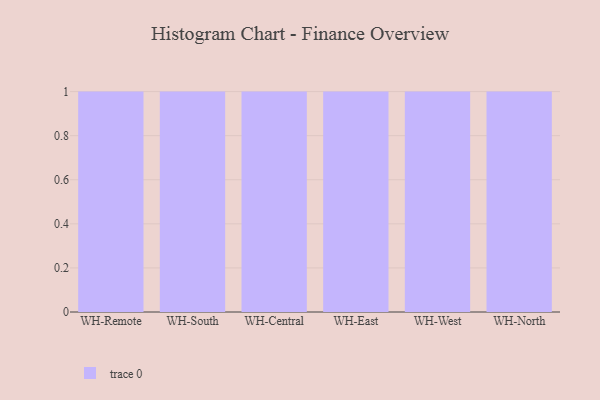
{"axis": {"x": "Warehouse", "y": "Shipments"}, "legend": [""], "data": [{"x": "WH-Remote", "y": 6, "type": ""}, {"x": "WH-South", "y": 30, "type": ""}, {"x": "WH-Central", "y": 70, "type": ""}, {"x": "WH-East", "y": 15, "type": ""}, {"x": "WH-West", "y": 63, "type": ""}, {"x": "WH-North", "y": 84, "type": ""}]}